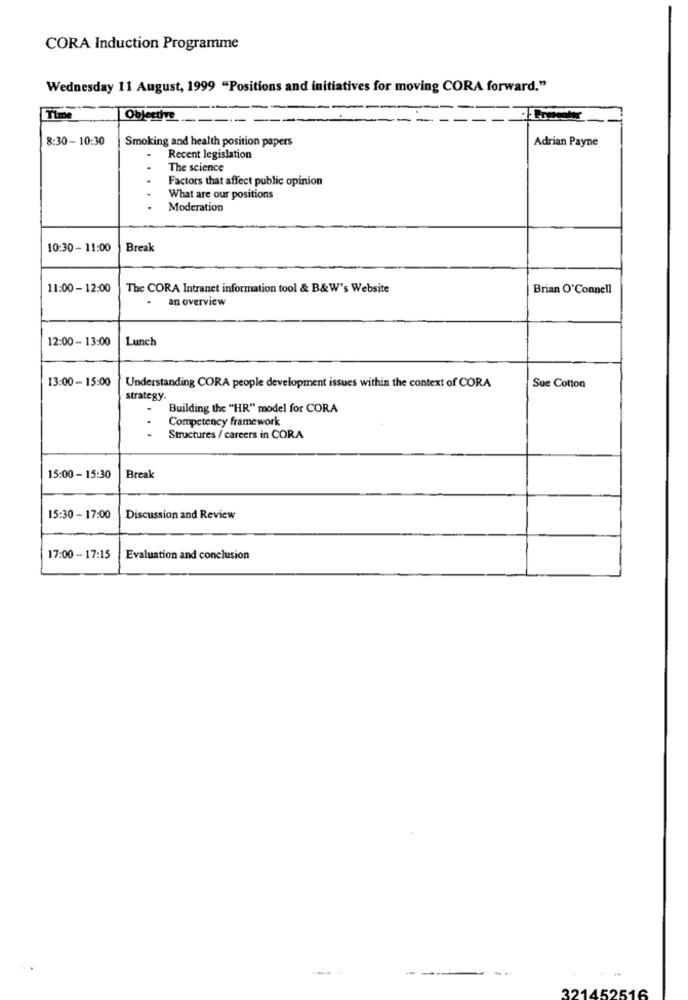
CORA Induction Programme
Wednesday 11 August, 1999 "Positions and initiatives for moving CORA forward."
Objective.
8:30- 10:30
Smoking and health position papers
Adrian Payne
Recent legislation
The science
Factors that affect public opinion
What are our positions
Moderation
10:30 - 11:00
Break
11:00 - 12:00
The CORA Intranet information tool & B&W's Website
Brian O'Connell
an overview
12:00- 13:00
Lunch
13:00 - 15:00
Understanding CORA people development issues within the context of CORA
Sue Cotton
strategy.
Building the "HR" model for CORA
Competency framework
Structures / careers in CORA
15:00 - 15:30
Break
15:30 - 17:00
Discussion and Review
17:00 - 17:15
Evaluation and conclusion
..
321452516